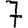
Digit: 7